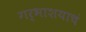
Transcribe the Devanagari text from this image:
गर्भाशयाचं